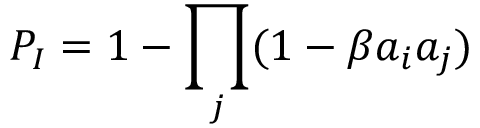
{ P _ { I } = 1 - \prod _ { j } ( 1 - \beta a _ { i } a _ { j } ) }